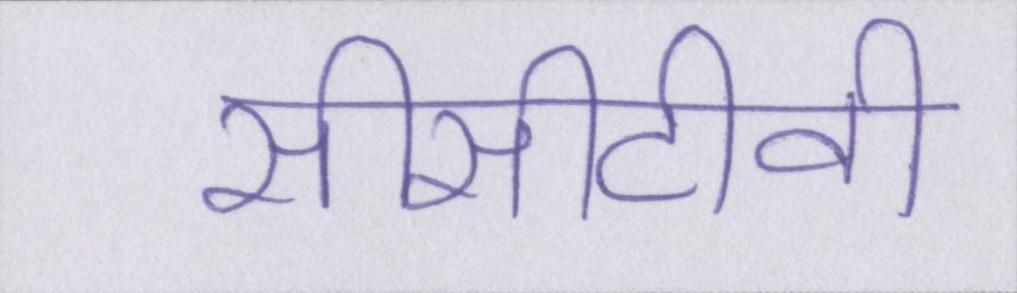
सीसीटीवी